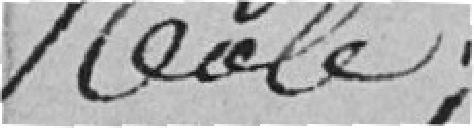
Rôle